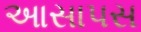
આસાપસ